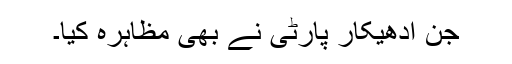
جن ادھیکار پارٹی نے بھی مظاہرہ کیا۔